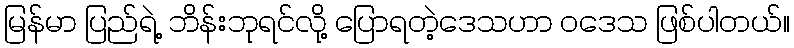
မြန်မာ ပြည်ရဲ့ ဘိန်းဘုရင်လို့ ပြောရတဲ့ဒေသဟာ ဝဒေသ ဖြစ်ပါတယ်။